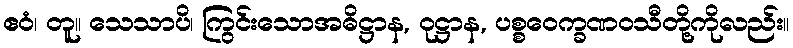
ဧဝံ၊ တူ။ သေသာပိ၊ ကြွင်းသောအဓိဋ္ဌာန, ဝုဋ္ဌာန, ပစ္စဝေက္ခဏဝသီတို့ကိုလည်း။